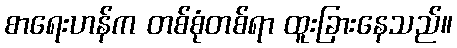
စာရေးဟန်က တစ်စုံတစ်ရာ ထူးခြားနေသည်။